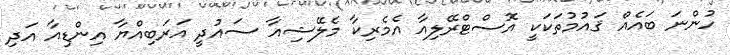
ހުންނަ ބައެއް ޤައުމުތަކަކީ އޮސްޓްރޭލިއާ އެމެރިކާ މެލޭޝިއާ ސައުދީ އަރަބިއްޔާ އިންޑިއާ އަދި